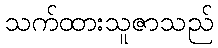
သက်ထားသူဇာသည်